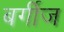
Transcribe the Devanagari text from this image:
बर्गीज